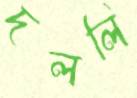
দললি